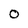
Character: O